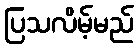
ပြသလိမ့်မည်